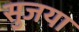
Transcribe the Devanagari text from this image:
सुजया